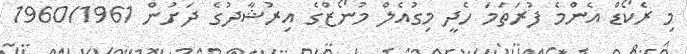
މި ރެކޯޑް އެންމެ ފުރަތަމަ ހެދީ މިގުއެލް މުނޯޒްގެ އިރުޝާދުގެ ދަށުން 1960/1961